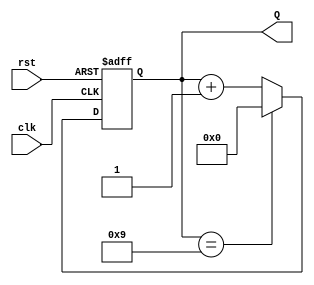
module decade_counter (
    input wire clk,     // Clock input
    input wire rst,     // Asynchronous reset
    output reg [3:0] Q  // 4-bit output for count
);

// Always block to handle the counting
always @(posedge clk or posedge rst) begin
    if (rst) begin
        Q <= 4'b0000; // Reset count to 0
    end else begin
        if (Q == 4'b1001) begin
            Q <= 4'b0000; // Reset count to 0 when reaching 10 (1010)
        end else begin
            Q <= Q + 1'b1; // Increment the count
        end
    end
end

endmodule